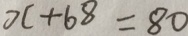
x + 6 8 = 8 0